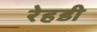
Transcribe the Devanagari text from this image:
रेहडी